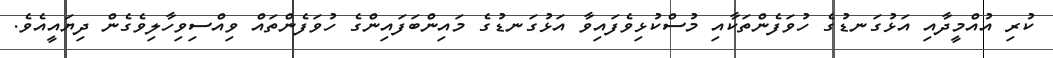
ކުރި އުއްމީދާއި އަޅުގަނޑުގެ ހުވަފެންތަކާއި މުސްކުޅިވެފައިވާ އަޅުގަނޑުގެ މައިންބަފައިންގެ ހުވަފެންތައް ވިއްސިވިހާލިވެގެން ދިޔައީއެވެ.